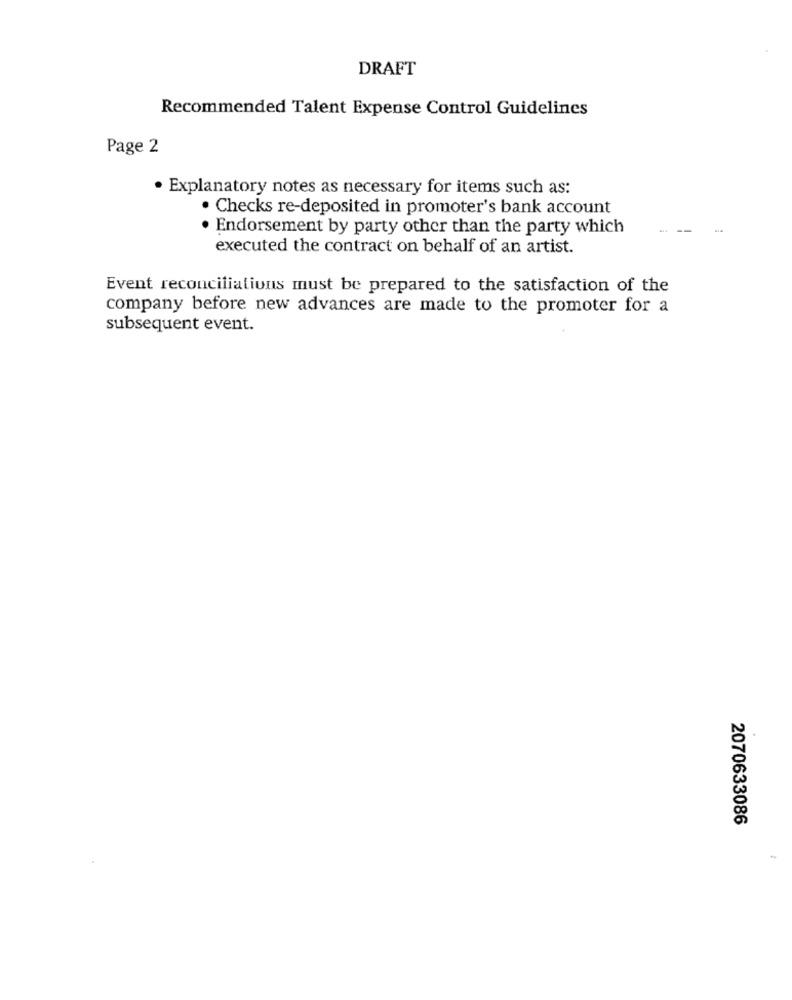
DRAFT
Recommended Talent Expense Control Guidelines
Page 2
· Explanatory notes as necessary for items such as:
· Checks re-deposited in promoter's bank account
Endorsement by party other than the party which
--
executed the contract on behalf of an artist.
Event reconciliations must be prepared to the satisfaction of the
company before new advances are made to the promoter for a
subsequent event.
2070633086